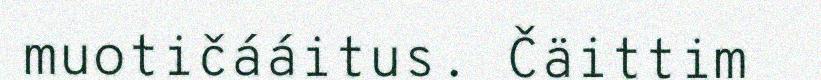
muotičááitus. Čäittim